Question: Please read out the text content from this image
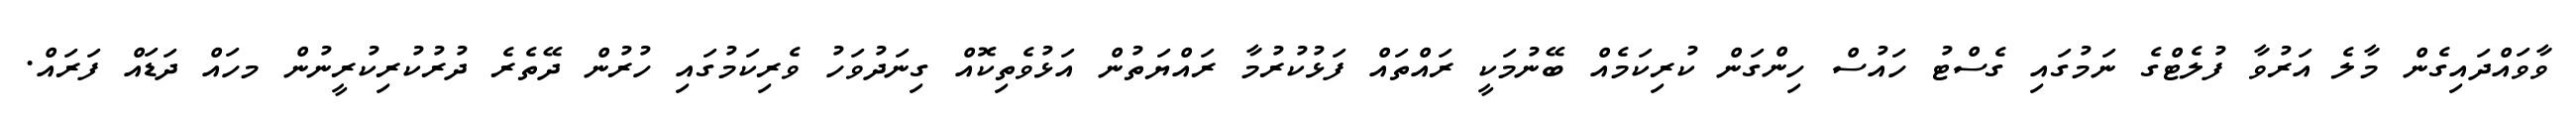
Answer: ވާވައްދައިގެން މާލެ އަރުވާ ފުލެޓްގެ ނަމުގައި ގެސްޓު ހައުސް ހިންގަން ކުރިކަމެއް ބޭނުމަކީ ރައްތައް ފަޅުކުރުމާ ރައްޔަތުން އަޅުވެތިކޮއް ގިނަދުވަހު ވެރިކަމުގައި ހުރުން ދޭތެރެ ދުރުކުރިކުރީނުން މހައް ދަޑައް ފަރައް.